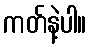
ကတ်နဲ့ပါ။